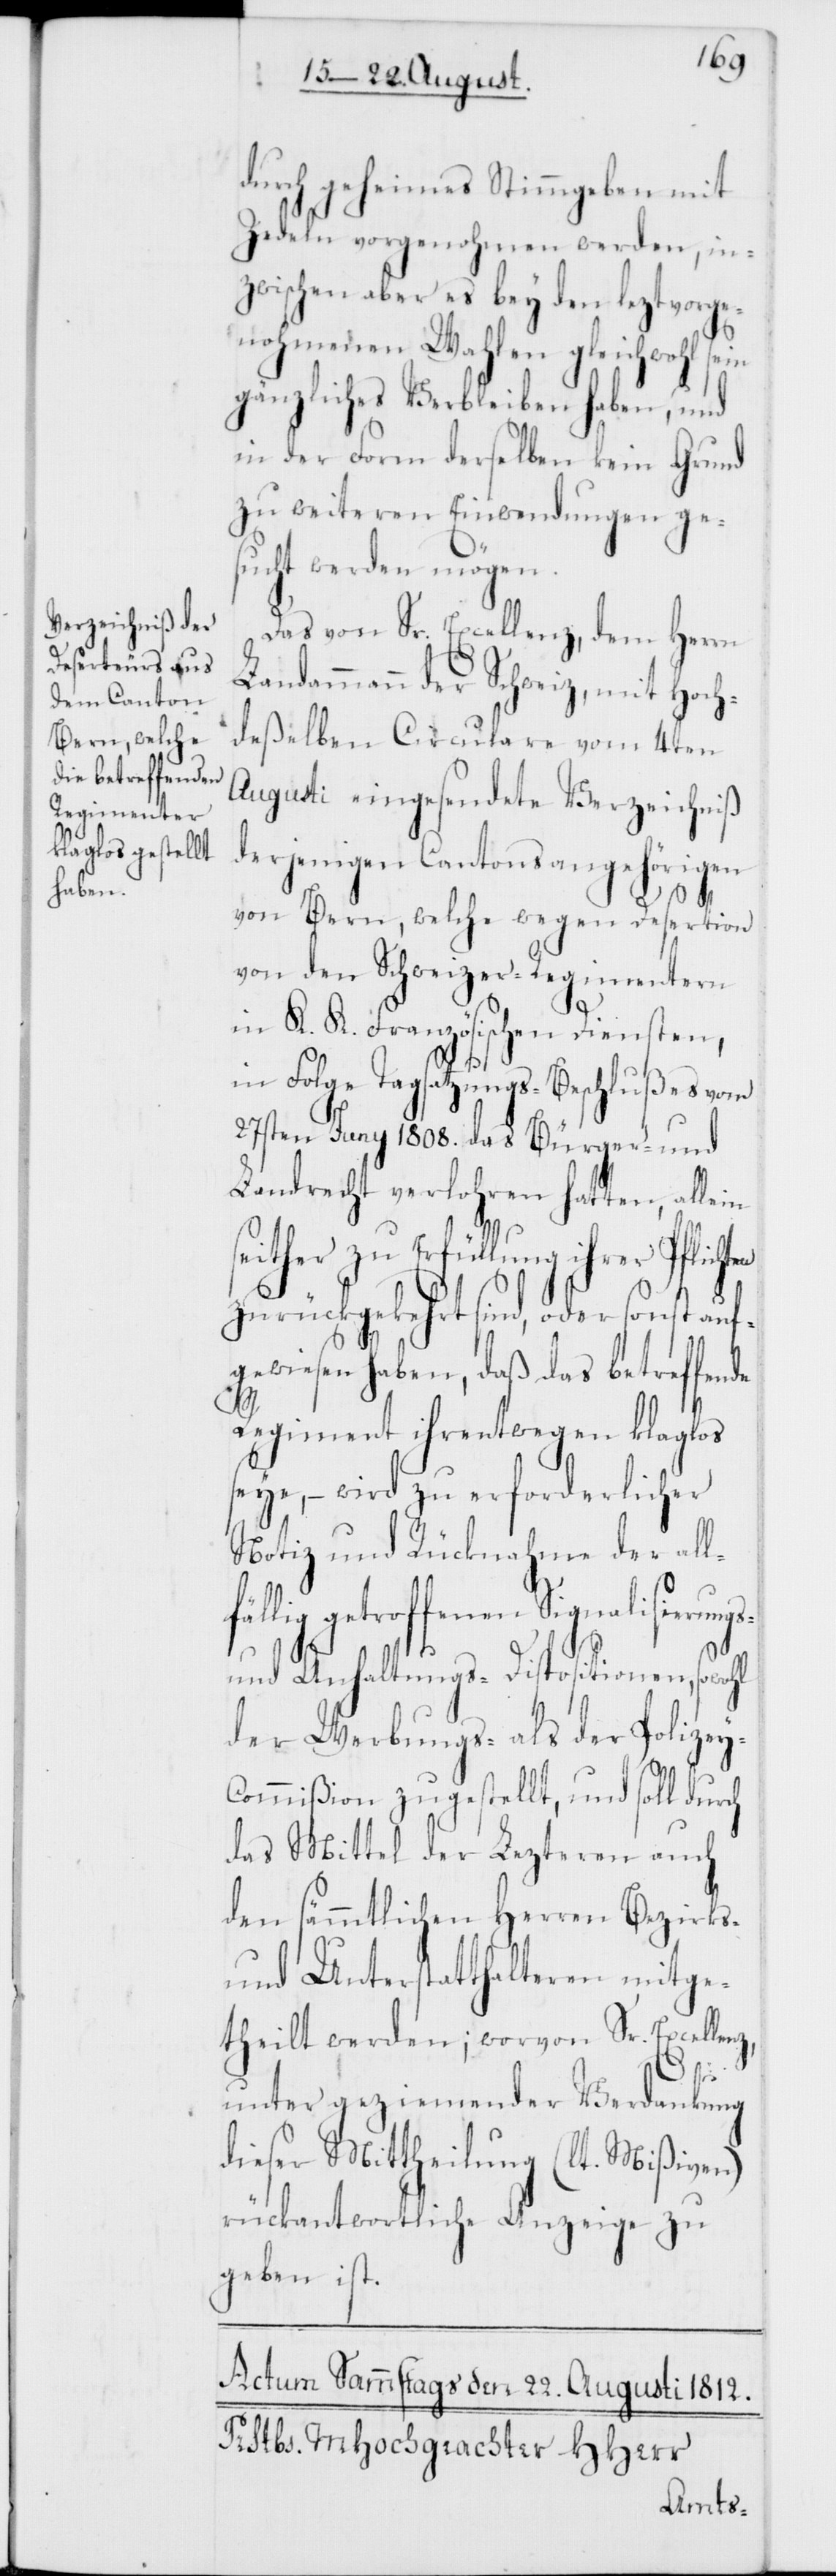
durch geheimes Stimmgeben mit
Zedeln vorgenohmen werden, in¬
zwischen aber es bey den lezt vorge¬
nohmenen Wahlen gleichwohl sein
gänzliches Verbleiben haben, und
in der Form derselben kein Grund
zu weiteren Einwendungen ge¬
sucht werden mögen.
Das von Sr. Excellenz, dem Herrn
Landammann der Schweiz, mit Hoch¬
deßelben Circulare vom 4ten
Augusti eingesendete Verzeichniß
derjenigen Cantonsangehörigen
von Bern, welche wegen Desertion
von den Schweizer-Regimentern
in K. K. Französischen Diensten,
in Folge Tagsatzungs-Beschlußes vom
27sten Juny 1808. das Bürger- und
Landrecht verlohren hatten, allein
seither zu Erfüllung ihrer Pflicht¬
zurückgekehrt sind, oder sonst auf¬
gewiesen haben, daß das betreffende
y-C¬
Regiment ihrentwegen klaglos
seye, – wird zu erforderlicher
Notiz und Rücknahme der all¬
alisierungs-
und Anhaltungs-Dispositionen, sowohl
der Werbungs- als der Polize¬
ommißion zugestellt, und soll durch
das Mittel der Lezteren auch
den sämmtlichen Herren Bezirks-
und Unterstatthalteren mitge¬
theilt werden; worvon Sr. Excellenz,
en
unter geziemender Verdankung
dieser Mittheilung (lt. Mißiven)
rückantwortliche Anzeige zu
geben ist.